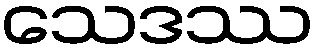
သေဒဿ